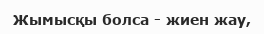
Жымысқы болса - жиен жау,